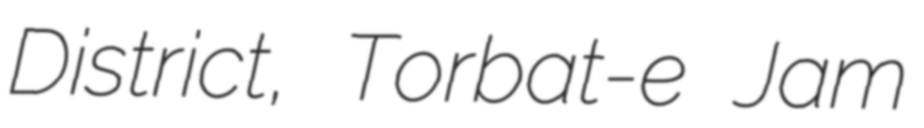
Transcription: District, Torbat-e Jam